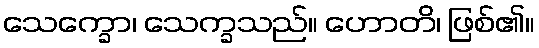
သေက္ခော၊ သေက္ခသည်။ ဟောတိ၊ ဖြစ်၏။